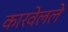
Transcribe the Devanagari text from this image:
कारवेलले